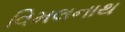
વિમલનાથ